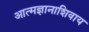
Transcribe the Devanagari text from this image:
आत्मज्ञानाशिवाय